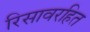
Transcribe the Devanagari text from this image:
रिसावरहित